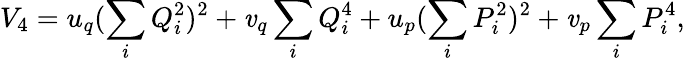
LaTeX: V_{4}=u_{q}(\sum_{i}Q_{i}^{2})^{2}+\mathit{v}_{q}\sum_{i}Q_{i}^{4}+u_{p}(\sum_{i}P_{i}^{2})^{2}+\mathit{v}_{p}\sum_{i}P_{i}^{4},